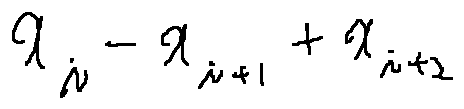
x _ { i } - x _ { i + 1 } + x _ { i + 2 }